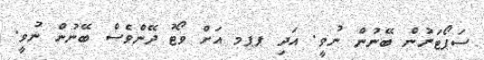
ސަޕޯޓަރުން ބޭނުން ނުވީ. އަދި ޕޕމ އަށް ވޯޓު ދޭންވެސް ބޭނުން ނުވީ.